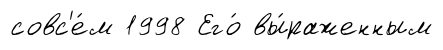
совс'е́м 1998 Его́ вы́раженным